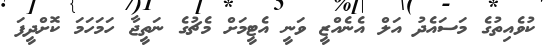
ކުވެއިތުގެ މަސައެދު އަލް އެނެއްޒީ ވަނީ އެޓީމަށް މެޗުގެ ނަތީޖާ ހަމަހަމަ ކޮށްދީފަ